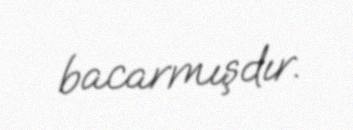
bacarmışdır.